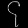
Digit: ၄